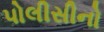
પોલીસીનો